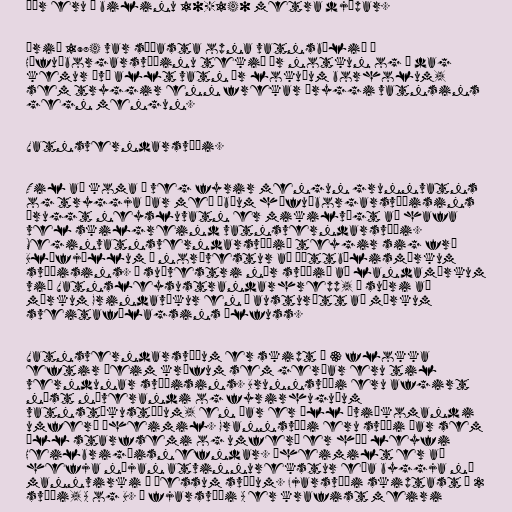
Þær eru á bilinu 10-140 metra djúpar.

Árið 1984 var síðasta opna vatnsbólið á
Höfuðborgarsvæðinu tekið úr notkun og í dag
kemur því allt vatn úr lokuðum borholum,
sem tryggir enn frekar öryggi vatnsins
gegn mengun.

Vatnsverndarsvæði.

Til að koma í veg fyrir mengun grunnvatns
og tryggja þar með íbúum höfuðborgarsvæðisins
öruggt neysluvatn er mikilvægt að hafa
vel skilgreind vatnsverndarsvæði.
Meginvatnsverndarsvæðið teygir sig frá
Bláfjöllum í norðvestur að þéttbýlismörkum
svæðisins. Í suðvestri nær svæðið að landamörkum
við Vatnsleysustrandarhrepp, í suðri að
mörkum Grindavíkur en í austurátt að mörkum
sveitafélagsins Ölfuss.

Vatnsverndarsvæðum er skipt í 3 flokka
eftir þeim kröfum sem gerðar eru til
verndunar svæðisins. Brunnsvæði eru afgirt
næst núverandi og fyrirhuguðum
vatnstökustöðum, en þar er öll óviðkomandi
umferð óheimil. Grannsvæði eru svæði þar sem
öll starfsemi og umferð er háð leyfi
Heilbrigðisnefndar. Óheimilt er að
hefja nýjan atvinnurekstur eða byggja ný
mannvirki á þessum svæðum. Fjarsvæði skiptast í 2
svæði, A og B. Á fjarsvæði A er krafist meiri